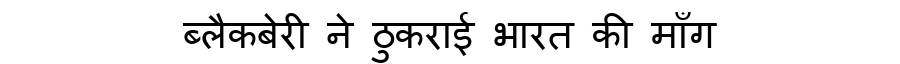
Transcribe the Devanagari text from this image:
ब्लैकबेरी ने ठुकराई भारत की माँग